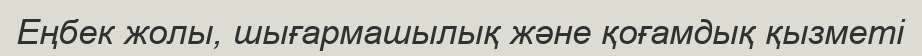
Еңбек жолы, шығармашылық және қоғамдық қызметі